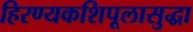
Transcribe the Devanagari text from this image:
हिरण्यकशिपूलासुद्धा